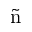
\tilde { \mathrm n }